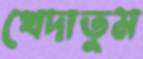
খেদাতুম